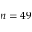
n = 4 9